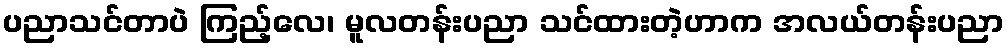
ပညာသင်တာပဲ ကြည့်လေ၊ မူလတန်းပညာ သင်ထားတဲ့ဟာက အလယ်တန်းပညာ